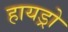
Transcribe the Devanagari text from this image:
हायड्रो